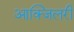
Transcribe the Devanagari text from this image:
आक्जिलरी